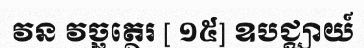
វន វច្ឆត្ថេរ [ ១៥] ឧបជ្ឈាយ៍